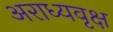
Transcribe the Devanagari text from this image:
अराध्यवृक्ष